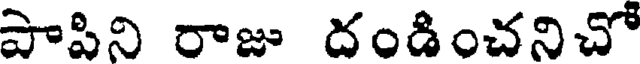
పాపిని రాజు దండించనిచో